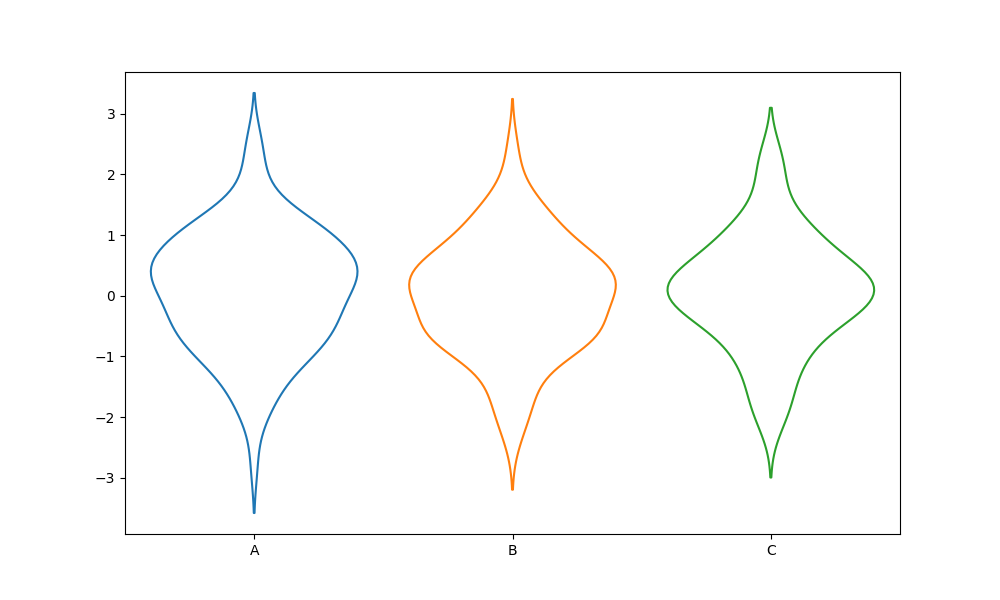
python, seaborn, violinplot, scale='count', split='False', inner='None', fill='False'